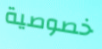
خصوصية